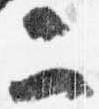
二